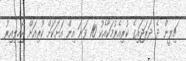
ޗިލީން ދެ ދަރަޖައިގެ ކުރިއެރުމަކާއެކު 10 ވަނަ އިން އަށަކަށް ކުރިއަށް ޖެހިލިއިރު